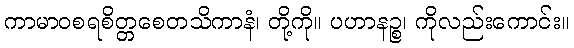
ကာမာဝစရစိတ္တစေတသိကာနံ၊ တို့ကို။ ပဟာနဉ္စ၊ ကိုလည်းကောင်း။